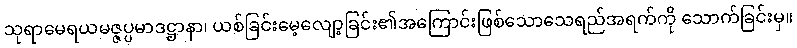
သုရာမေရယမဇ္ဇပ္ပမာဒဋ္ဌာနာ၊ ယစ်ခြင်းမေ့လျော့ခြင်း၏အကြောင်းဖြစ်သောသေရည်အရက်ကို သောက်ခြင်းမှ။